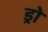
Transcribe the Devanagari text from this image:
ड्रो